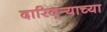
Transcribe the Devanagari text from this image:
दारिद्‌र्‍याच्या